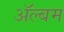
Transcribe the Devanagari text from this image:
अॅल्बम